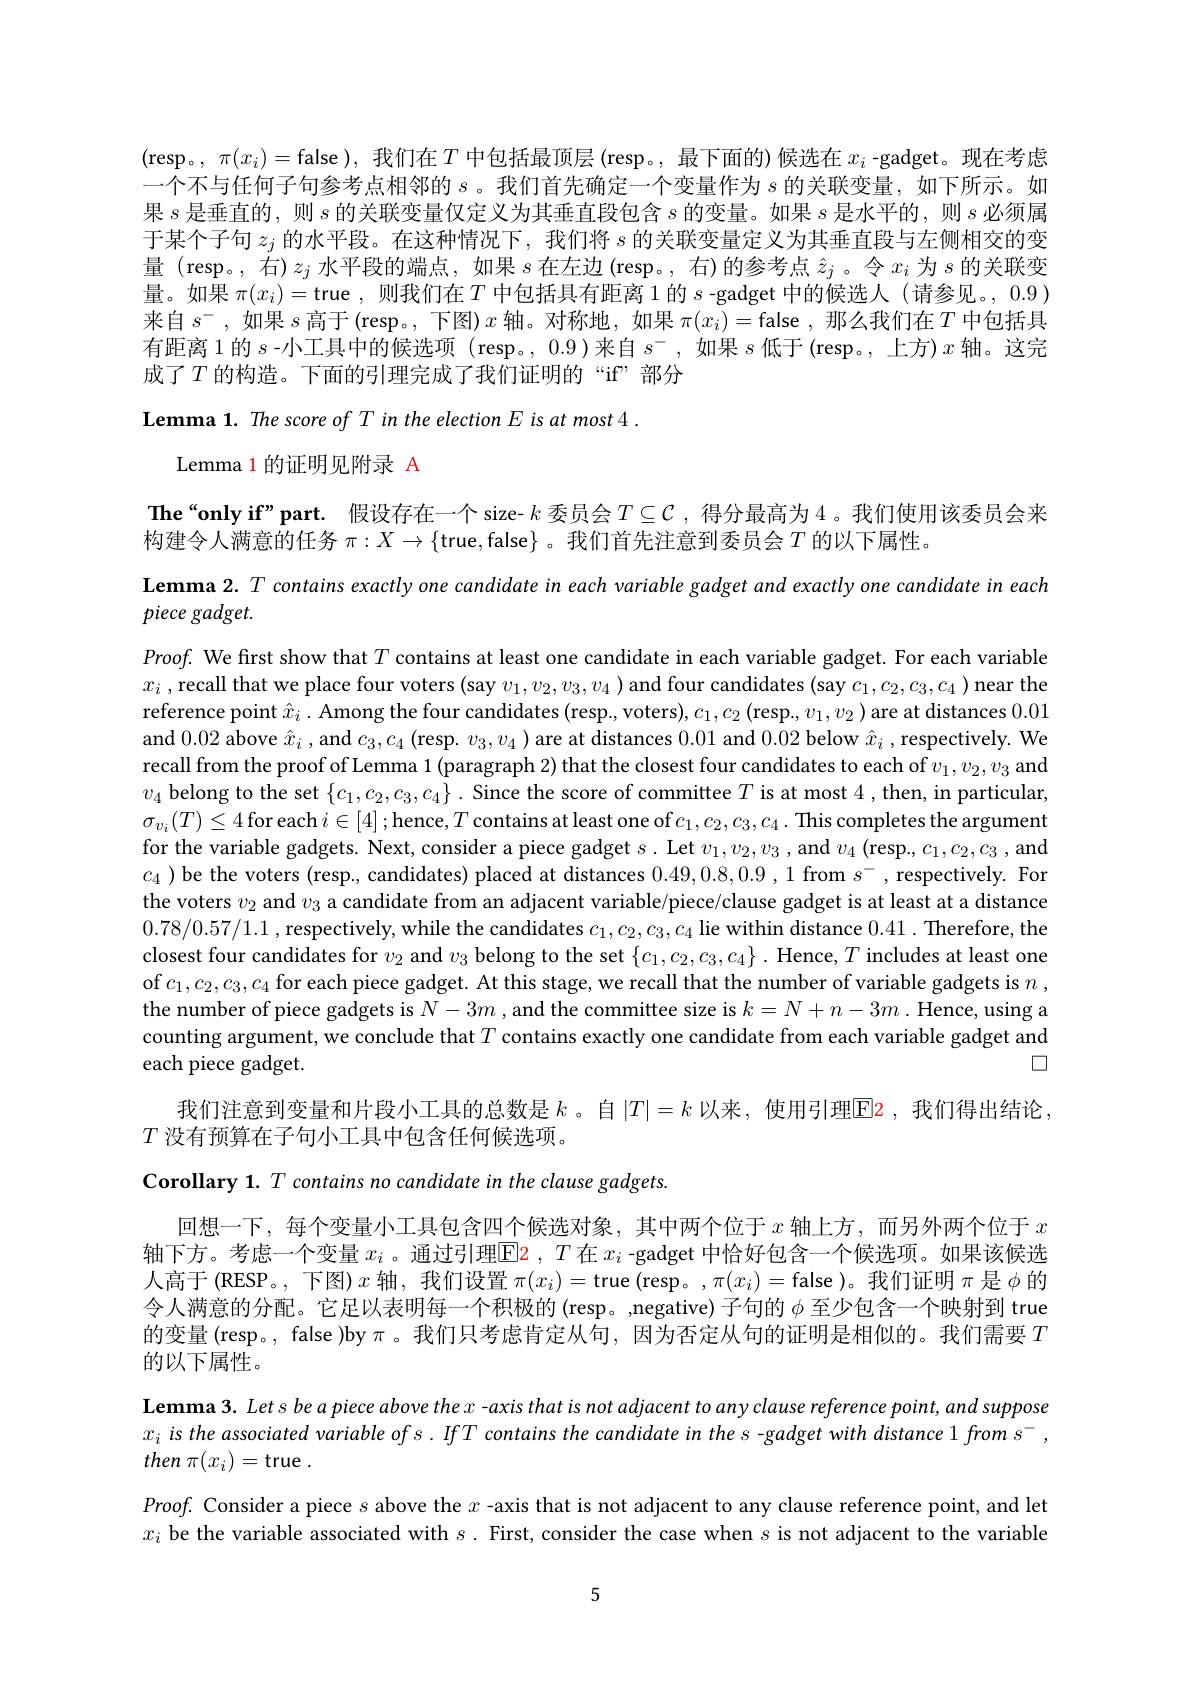
(resp。$,\pi(x_i)=$false ),我们在$T$中包括最顶层 (resp。,最下面的) 候选在$x_i$ -gadget。现在考虑一个不与任何子句参考点相邻的$s$。我们首先确定一个变量作为$s$的关联变量，如下所示。如果$s$是垂直的，则$s$的关联变量仅定义为其垂直段包含$s$的变量。如果$s$是水平的 ,则$s$必须属于某个子句$z_j$的水平段。在这种情况下，我们将$s$的关联变量定义为其垂直段与左侧相交的变量(resp。,右)$z_j$水平段的端点，如果$s$在左边 (resp。, 右)的参考点$\hat{z}_j$。令$x_i$为$s$的关联变量。如果 $\pi(x_i)=$true , 则我们在$T$ 中包括具有距离1的$s$ -gadget 中的候选人 (请参见。, 0.9) 来自$s^-$,如果$s$高于(resp。, 下图)$x$轴。对称地，如果$\pi(x_i)=$false ,那么我们在$T$中包括具有距离1的$s$-小工具中的候选项 (resp。, 0.9)来自$s^-$,如果$s$低于(resp。, 上方)$x$轴。这完成了$T$ 的构造。下面的引理完成了我们证明的“if”部分
Lemma 1. The score of T in the election E is at most 4

Lemma 1 的证明见附录 A
The“only if”part. 假设存在一个 size- $k$ 委员会$T\subseteq\mathcal{C}$ ,得分最高为 4。我们使用该委员会来
构建令人满意的任务$\pi:X\to\{$true,false$\}$ 。我们首先注意到委员会$T$的以下属性。
Lemma $2.T$ contains exactly one candidate in each variable gadget and exactly one candidate in each
piece gadget.
$Proof.$ We first show that $T$ contains at least one candidate in each variable gadget. For each variable $x_i$ ,recall that we place four voters (say $v_1, v_2, v_3, v_4$ ) and four candidates (say $c_1, c_2, c_3, c_4$ ) near the reference point $\hat{x}_i.$ Among the four candidates (resp, voters), $c_1,c_2\left(\mathrm{resp},v_1,v_2\right)$ are at distances 0.01 and 0.02 above $\hat{x}_i$ , and $c_3,c_4$ (resp. $v_3,v_4)$ are at distances 0.01 and 0.02 below $\hat{x}_i$, respectively. We recall from the proof of Lemma 1(paragraph 2) that the closest four candidates to each of $v_1,v_2,v_3$ and $v_4$ belong to the set $\{c_1,c_2,c_3,c_4\}.$ Since the score of committee $T$ is at most 4,then, in particular, $\sigma_{v_i}(T)\leq4$for each $i\in[4];$hence,$T$ contains at least one of$c_1,c_2,c_3,c_4.$ This completes the argument for the variable gadgets. Next, consider a piece gadget $s.$ Let $v_1,v_2,v_3$ ,and $v_4\left(\mathrm{resp}.,c_1,c_2,c_3\right.$and $c_4$ )be the voters (resp., candidates) placed at distances 0.49,0.8,0.9 ,1 from $s^-$,respectively. For the voters $v_2$ and $v_3$ a candidate from an adjacent variable/piece/clause gadget is at least at a distance 0.78/0.57/1.1,respectively, while the candidates $c_1,c_2,c_3,c_4$ lie within distance 0.41. Therefore, the closest four candidates for $v_2$ and $v_3$ belong to the set $\{c_1,c_2,c_3,c_4\}.$ Hence, $T$ includes at least one of $c_1,c_2,c_3,c_4$ for each piece gadget. At this stage, we recall that the number of variable gadgets is $n$, the number of piece gadgets is $N-3m$ , and the committee size is $k=N+n-3m$ .Hence, using a counting argument, we conclude that $T$ contains exactly one candidate from each variable gadget and
$\square$
each piece gadget.
我们注意到变量和片段小工具的总数是$k$ 。自$|T|=k$以来，使用引理$\color{red}{\operatorname*{E}}\color{red}{2}$,我们得出结论，
$T$没有预算在子句小工具中包含任何候选项。
Corollary 1. $T$ contains no candidate in the clause gadgets
回想一下，每个变量小工具包含四个候选对象，其中两个位于$x$轴上方，而另外两个位于$x$ 轴下方。考虑一个变量 $x_i$ 。通过引理$\mathsf{E}$2 ,$T$在 $x_i$ -gadget 中恰好包含一个候选项。如果该候选人高于(RESP。,下图)$x$ 轴，我们设置 $\pi(x_i)=$true(resp。,$\pi(x_i)=$false)。我们证明$\pi$是$\phi$ 的令人满意的分配。它足以表明每一个积极的(resp。,negative)子句的$\phi$至少包含一个映射到 true 的变量 (resp。, false )by $\pi$。我们只考虑肯定从句，因为否定从句的证明是相似的。我们需要$T$ 的以下属性。

$\textbf{Lemma 3.  Let s be a piece above the x -  axis that is not adjacent to any clause reference point,  and suppose}$

$x_i$ is the associated variable of s. IfT contains the candidate in the s - gadget with distance 1 from s',

then $\pi ( x_{i}) =$true.

$Proof.$ Consider a piece $s$ above the $x$ -axis that is not adjacent to any clause reference point, and let

$x_i$ be the variable associated with $s.$ First, consider the case when $s$ is not adjacent to the variable

5